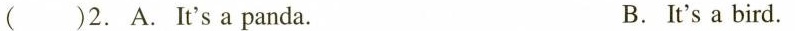
( )2. A. It's a panda. B.It's a bird.